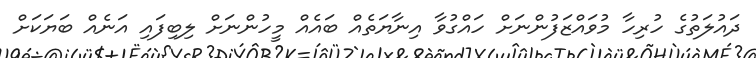
ދައުލަތުގެ ހުރިހާ މުވައްްޒަފުންނަށް ހައްގުވާ އިނާޔަތެއް ބައެއް މީހުންނަށް ލިބިފައި އަނެއް ބަޔަކަށް